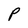
Character: P